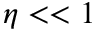
\eta < < 1